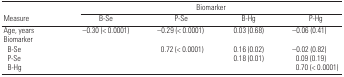
<table><thead><tr><td></td><td colspan="4"><b>Biomarker</b></td></tr><tr><td><b>Measure</b></td><td><b>B-Se</b></td><td><b>P-Se</b></td><td><b>B-Hg</b></td><td><b>P-Hg</b></td></tr></thead><tbody><tr><td>Age, years</td><td>−0.30 (&lt; 0.0001)</td><td>−0.29 (&lt; 0.0001)</td><td>0.03 (0.68)</td><td>−0.06 (0.41)</td></tr><tr><td colspan="5">Biomarker</td></tr><tr><td> B-Se</td><td></td><td>0.72 (&lt; 0.0001)</td><td>0.16 (0.02)</td><td>−0.02 (0.82)</td></tr><tr><td> P-Se</td><td></td><td></td><td>0.18 (0.01)</td><td>0.09 (0.19)</td></tr><tr><td> B-Hg</td><td></td><td></td><td></td><td>0.70 (&lt; 0.0001)</td></tr></tbody></table>